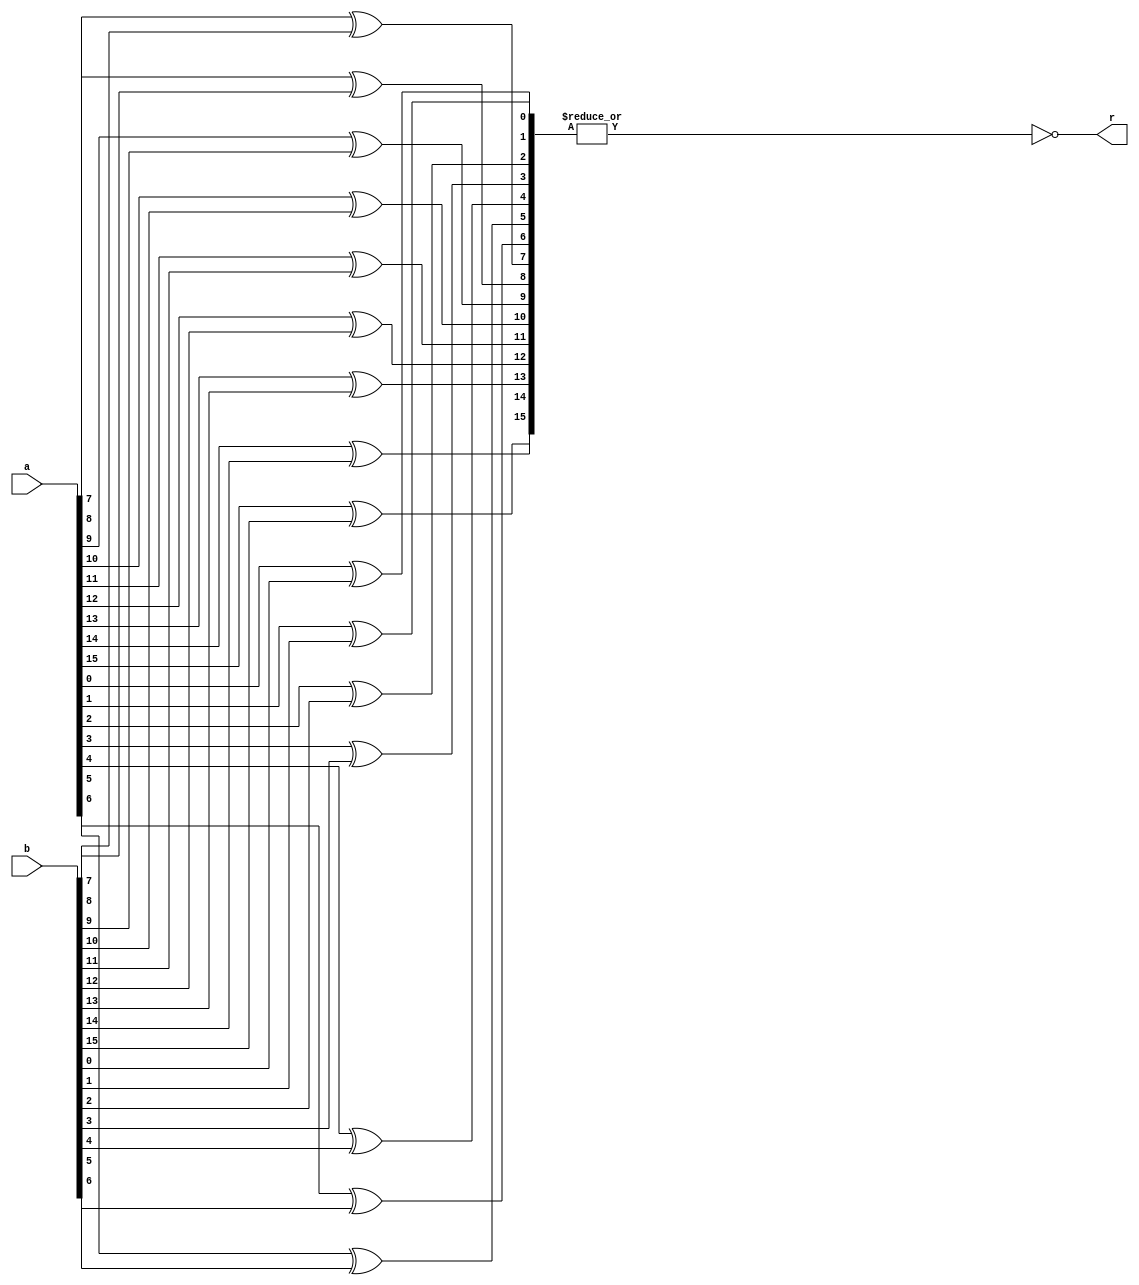
`timescale 1ns / 1ps
module comparatorgen_st #(parameter NBITS = 16)(
	output r,
	input [NBITS-1:0] a,
	input [NBITS-1:0] b
    );
	 
wire [NBITS-1:0] iresult;

genvar k;
generate
for (k = 0; k < NBITS; k = k+1)
	begin : blk
		xor c1(iresult[k], a[k], b[k]);
	end
endgenerate

// Reduction plus negation
assign r = ~(|iresult); 

endmodule